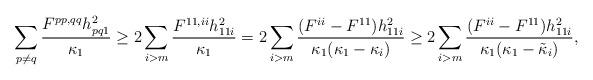
LaTeX: \begin{align*}\sum_{p\neq q} \frac{F^{pp,qq}h_{pq1}^2}{\kappa_1 }&\geq 2\sum_{i>m}\frac{F^{11,ii}h_{11i}^2}{\kappa_1 }=2\sum_{i>m}\frac{(F^{ii}-F^{11})h_{11i}^2}{\kappa_1 (\kappa_1 -\kappa_i )}\geq 2\sum_{i>m}\frac{(F^{ii}-F^{11})h_{11i}^2}{\kappa_1 (\kappa_1 -\tilde{\kappa}_i )},\end{align*}